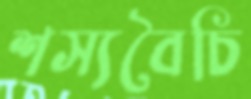
শস্যবৈচি